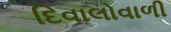
દિવાલોવાળી